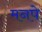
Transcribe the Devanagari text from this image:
मनपे